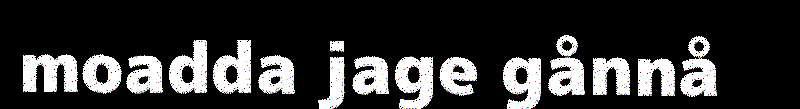
moadda jage gånnå